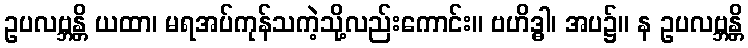
ဥပလဗ္ဘန္တိ ယထာ၊ မရအပ်ကုန်သကဲ့သို့လည်းကောင်း။ ဗဟိဒ္ဓါ၊ အပ၌။ န ဥပလဗ္ဘန္တိ